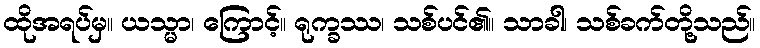
ထိုအရပ်မှ။ ယသ္မာ၊ ကြောင့်။ ရုက္ခဿ၊ သစ်ပင်၏။ သာခါ၊ သစ်ခက်တို့သည်။